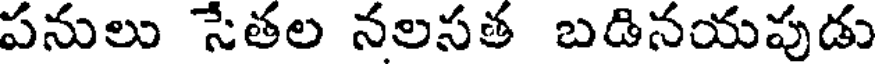
పనులు సేతల నలసత బడినయపుడు